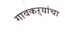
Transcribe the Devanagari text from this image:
गावकऱ्यांचा